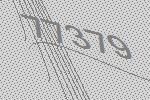
77379